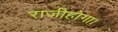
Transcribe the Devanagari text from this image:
राजीहोगा।